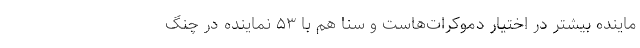
ماینده بیشتر در اختیار دموکرات‌هاست و سنا هم با ۵۳ نماینده در چنگ